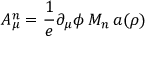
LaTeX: A _ { \mu } ^ { n } = \frac { 1 } { e } \partial _ { \mu } \phi \, M _ { n } \, a ( \rho )